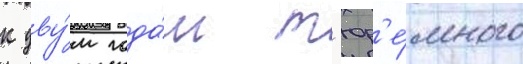
к дву́м года́м т'юр'е́много